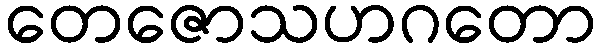
တေဇောသဟဂတော